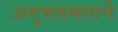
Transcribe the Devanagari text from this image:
अनुभवरूपाने